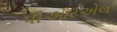
પીઆરએલ